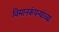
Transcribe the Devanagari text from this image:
विमानकंपन्यांच्या